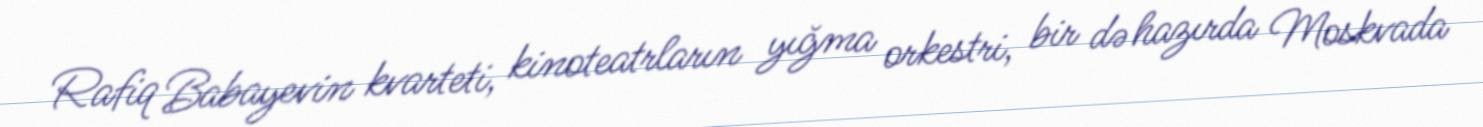
Rafiq Babayevin kvarteti, kinoteatrların yığma orkestri, bir də hazırda Moskvada